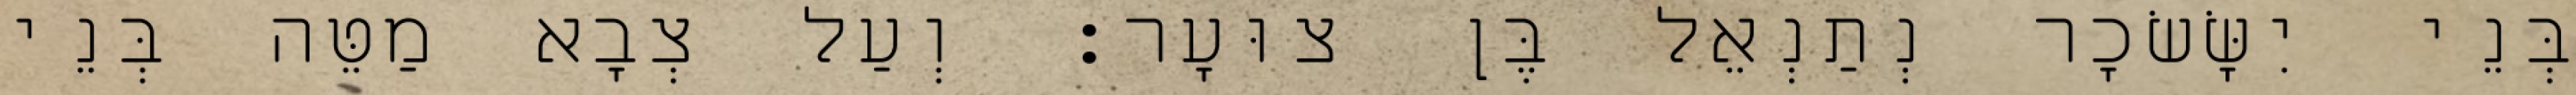
בְּנֵי יִשָּׂשׂכָר נְתַנְאֵל בֶּן צוּעָר׃ וְעַל צְבָא מַטֵּה בְּנֵי